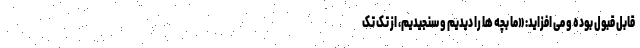
قابل قبول بوده و می افزاید: «ما بچه ها را دیدیم و سنجیدیم، از تک تک